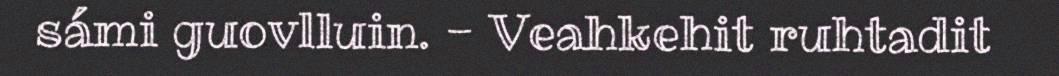
sámi guovlluin. - Veahkehit ruhtadit